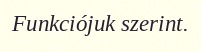
Funkciójuk szerint.